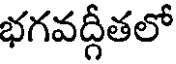
భగవద్గీతలో